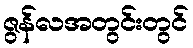
ဇွန်လအတွင်းတွင်